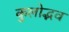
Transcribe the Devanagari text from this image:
कुलोद्भव